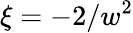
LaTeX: \xi=-2/w^{2}